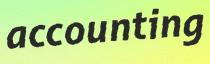
accounting